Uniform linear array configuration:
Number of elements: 8
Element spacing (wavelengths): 0.75
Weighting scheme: blackman
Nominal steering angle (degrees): -15
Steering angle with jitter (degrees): -16.952
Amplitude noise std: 0.05
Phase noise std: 0.05

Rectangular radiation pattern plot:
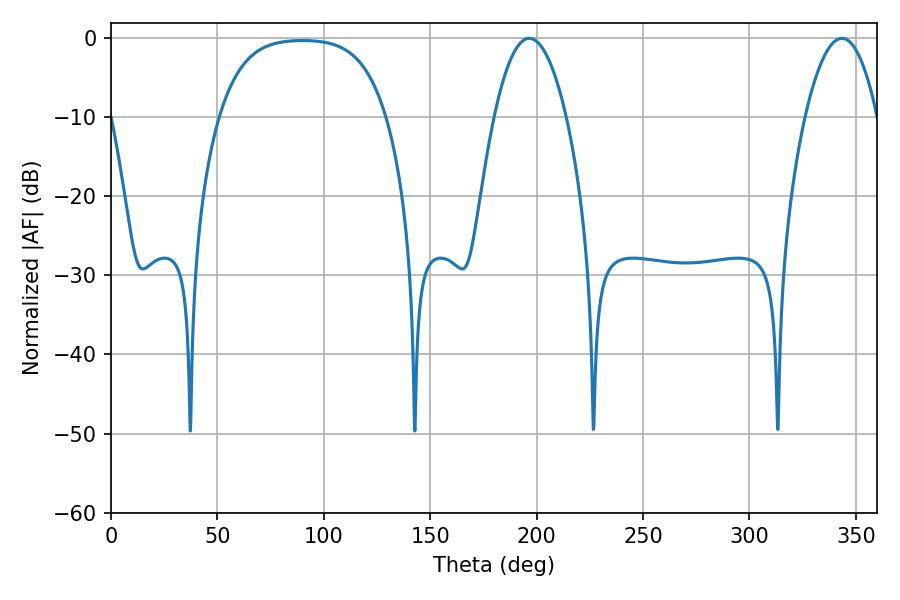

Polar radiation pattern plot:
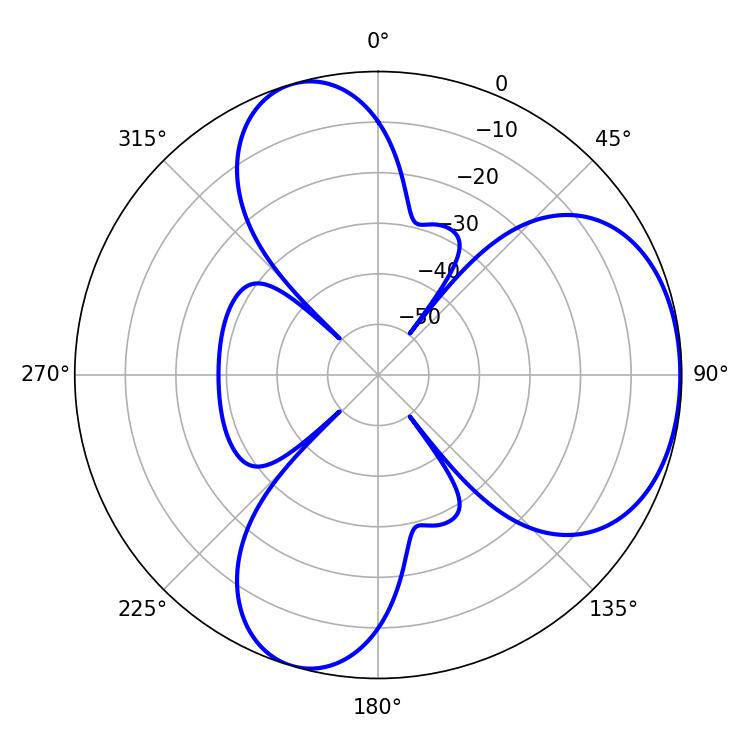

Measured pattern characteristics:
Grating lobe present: TRUE
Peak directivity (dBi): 4.923
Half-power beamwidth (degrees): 18.72
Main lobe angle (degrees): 196.56